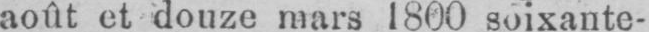
août et douze mars 1800 soixante-